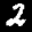
Label: 2